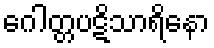
ဂေါတ္တပဋိသာရိနော